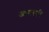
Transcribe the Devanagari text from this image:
आयरनी